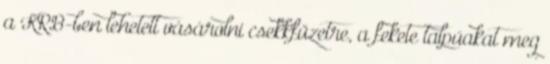
a KRB-ben lehetett vásárolni csekkfüzetre, a fekete talpúakat meg